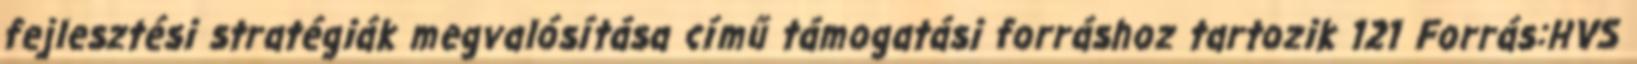
fejlesztési stratégiák megvalósítása című támogatási forráshoz tartozik 121 Forrás:HVS